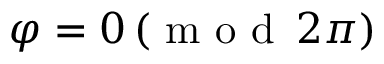
\varphi = 0 \, ( { \textrm { m o d } } \, 2 \pi )